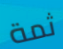
ثمة